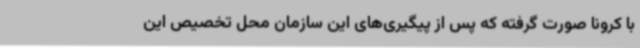
با کرونا صورت گرفته که پس از پیگیری‌های این سازمان محل تخصیص این